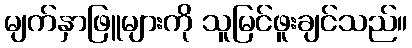
မျက်နှာဖြူများကို သူမြင်ဖူးချင်သည်။